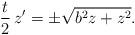
LaTeX: \begin{align*} \frac{t}{2} \,z' = \pm \sqrt{b^2 z + z^2}.\end{align*}